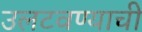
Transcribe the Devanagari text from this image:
उलटवण्याची